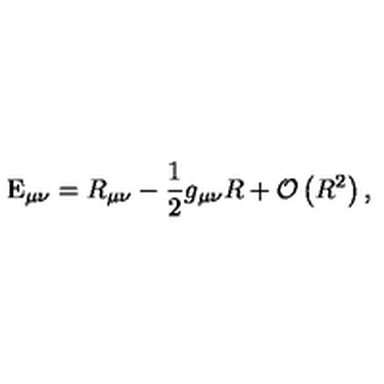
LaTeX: \mathrm { E } _ { \mu \nu } = R _ { \mu \nu } - \frac { 1 } { 2 } g _ { \mu \nu } R + { \cal O } \left( R ^ { 2 } \right) , \qquad